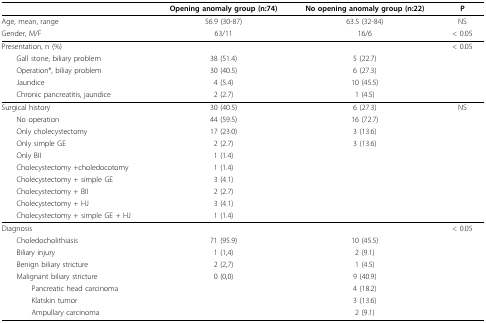
|  | Opening anomaly group (n:74) | No opening anomaly group (n:22) | P |
 | --- | --- | --- | --- |
 | Age, mean, range | 56.9 (30-87) | 63.5 (32-84) | NS |
 | Gender, M/F | 63/11 | 16/6 | < 0.05 |
 | Presentation, n (%) |  |  | < 0.05 |
 | Gall stone, biliary problem | 38 (51.4) | 5 (22.7) |  |
 | Operation*, biliay problem | 30 (40.5) | 6 (27.3) |  |
 | Jaundice | 4 (5.4) | 10 (45.5) |  |
 | Chronic pancreatitis, jaundice | 2 (2.7) | 1 (4.5) |  |
 | Surgical history | 30 (40.5) | 6 (27.3) | NS |
 | No operation | 44 (59.5) | 16 (72.7) |  |
 | Only cholecystectomy | 17 (23.0) | 3 (13.6) |  |
 | Only simple GE | 2 (2.7) | 3 (13.6) |  |
 | Only BII | 1 (1.4) |  |  |
 | Cholecystectomy +choledocotomy | 1 (1.4) |  |  |
 | Cholecystectomy + simple GE | 3 (4.1) |  |  |
 | Cholecystectomy + BII | 2 (2.7) |  |  |
 | Cholecystectomy + HJ | 3 (4.1) |  |  |
 | Cholecystectomy + simple GE + HJ | 1 (1.4) |  |  |
 | Diagnosis |  |  | < 0.05 |
 | Choledocholithiasis | 71 (95.9) | 10 (45.5) |  |
 | Biliary injury | 1 (1,4) | 2 (9.1) |  |
 | Benign biliary stricture | 2 (2,7) | 1 (4.5) |  |
 | Malignant biliary stricture | 0 (0,0) | 9 (40.9) |  |
 | Pancreatic head carcinoma |  | 4 (18.2) |  |
 | Klatskin tumor |  | 3 (13.6) |  |
 | Ampullary carcinoma |  | 2 (9.1) |  |